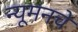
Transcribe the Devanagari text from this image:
न्यूमनचे